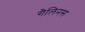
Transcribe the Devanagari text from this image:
गैलिनस